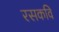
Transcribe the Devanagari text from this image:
रसकवि